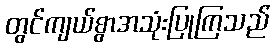
တွင်ကျယ်စွာအသုံးပြုကြသည်